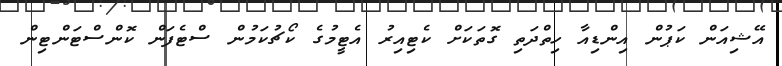
އޭޝިއަން ކަޕުން އިންޑިއާ ހިތްދަތި ގޮތަކަށް ކެޓިއިރު އެޓީމުގެ ކޯޗުކަމުން ސްޓެފަން ކޮންސްޓަންޓިން